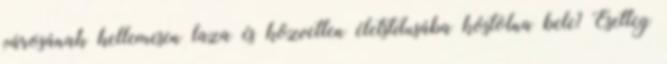
városának kellemesen laza és közvetlen életstílusába kóstolna bele? Esetleg